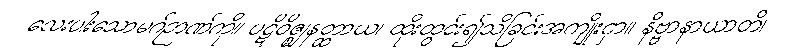
လေးပါးသောမဂ်ဉာဏ်ကို။ ပဋိဝိဇ္ဈနတ္ထာယ၊ ထိုးထွင်း၍သိခြင်းအကျိုးငှာ။ နိဗ္ဗာနာယာတိ၊